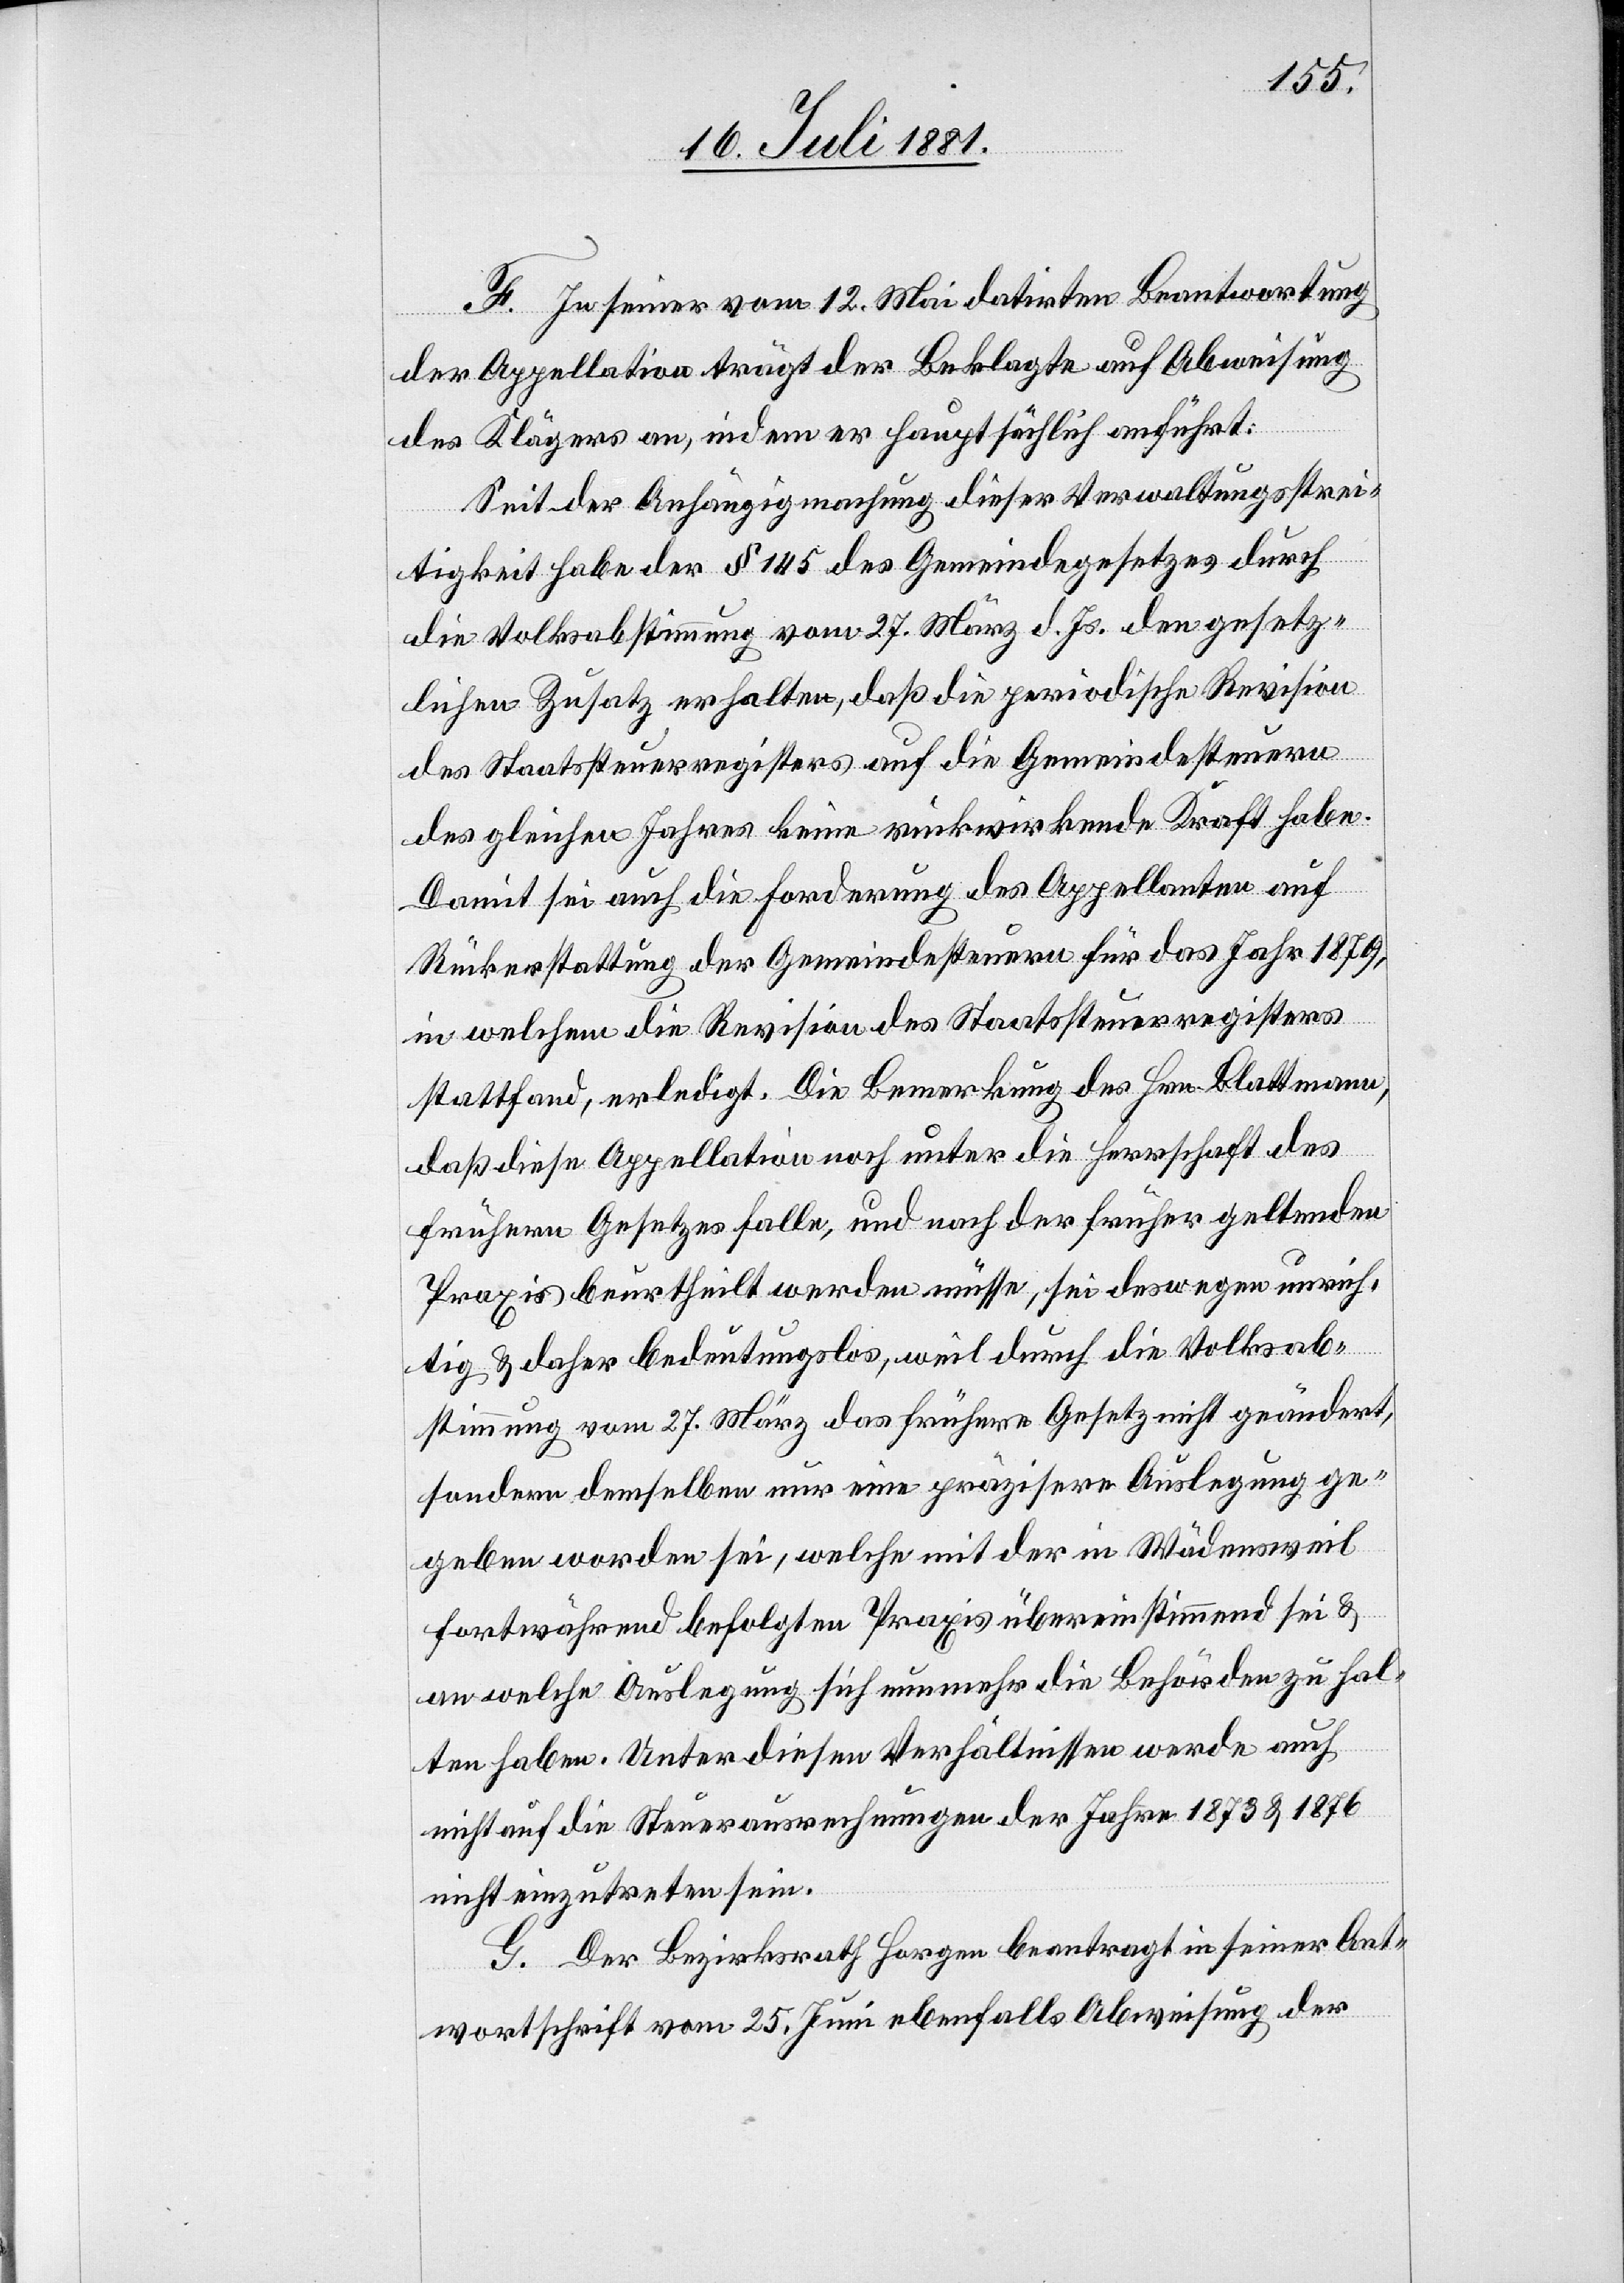
F. In seiner vom 12. Mai datirten Beantwortung
der Appellation trägt der Beklagte auf Abweisung
des Klägers an, indem er hauptsächlich anführt:
Seit der Anhängigmachung dieser Verwaltungsstrei¬
tigkeit habe der § 145 des Gemeindegesetzes durch
die Volksabstimmung vom 27. März d. Js. den gesetz¬
lichen Zusatz erhalten, daß die periodische Revision
des Staatssteuerregisters auf die Gemeindesteuern
des gleichen Jahres keine rückwirkende Kraft habe.
Damit sei auch die Forderung des Appellanten auf
Rückerstattung der Gemeindesteuern für das Jahr 1879,
in welchem die Revision des Staatssteuerregisters
stattfand, erledigt. Die Bemerkung des Hrn. Blattmann,
daß diese Appellation unter die Herrschaft des
frühern Gesetzes falle, und nach der frühern geltenden
Praxis beurtheilt werden müsse, sei deswegen unrich¬
tig & daher bedeutungslos, weil durch die Volksab¬
stimmung vom 27. März das frühere Gesetz nicht geändert,
sondern demselben nur eine präzisere Auslegung ge¬
geben worden sei, welche mit der in Wädensweil
fortwährend befolgten Praxis übereinstimmend sei &
an welche Auslegung sich nunmehr die Behörde zu hal¬
ten habe. Unter diesen Verhältnissen werde auch
nicht auf die Steuerausrechnungen der Jahre 1873 & 1876
nicht einzutreten sein.
G. Der Bezirksrath Horgen beantragt in seiner Ant¬
wortschrift vom 25. Juni ebenfalls Abweisung der